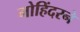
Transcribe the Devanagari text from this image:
मोहिंदरने